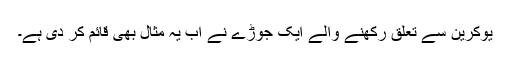
یوکرین سے تعلق رکھنے والے ایک جوڑے نے اب یہ مثال بھی قائم کر دی ہے۔